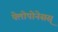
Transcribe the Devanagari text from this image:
पेलोपोनेसस्‌